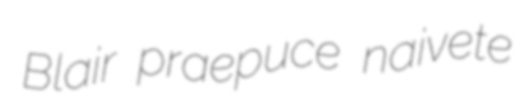
Blair praepuce naivete